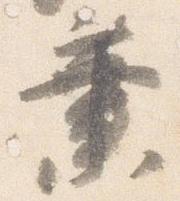
業